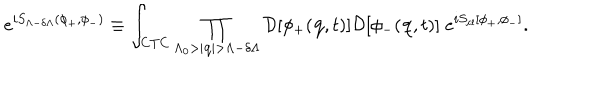
LaTeX: e ^ { i S _ { \Lambda - \delta \Lambda } ( \phi _ { + } , \phi _ { - } ) } \equiv \int _ { \mathrm { C T C } } \prod _ { \Lambda _ { 0 } > | { \bf q } | > \Lambda - \delta \Lambda } { \cal D } [ \phi _ { + } ( { \bf q } , t ) ] { \cal D } [ \phi _ { - } ( { \bf q } , t ) ] \; e ^ { i S _ { \mathrm { c l } } [ \phi _ { + } , \phi _ { - } ] } .